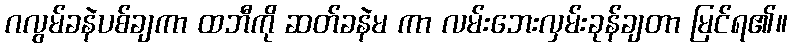
ဂလွမ်ခနဲပစ်ချကာ ထဘီကို ဆတ်ခနဲမ ကာ လမ်းဘေးလှမ်းခုန်ချတာ မြင်ရ၏။